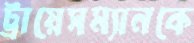
ট্রায়েসম্যানকে